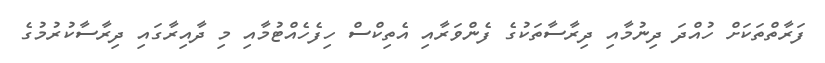
ފަރާތްތަކަށް ހުއްދަ ދިނުމާއި ދިރާސާތަކުގެ ފެންވަރާއި އެތިކްސް ހިފެހެއްޓުމާއި މި ދާއިރާގައި ދިރާސާކުރުމުގެ